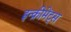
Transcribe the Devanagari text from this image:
इन्‍क्रीमेंट्‌स